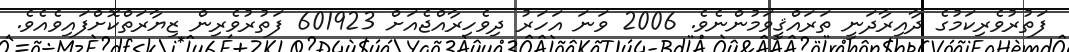
ފަތުރުވެރިކަމުގެ ދާއިރާދަނީ ތަރައްޤީވަމުންނެވެ. 2006 ވަނަ އަހަރު ދިވެހިރާއްޖެއަށް 601923 ފަތުރުވެރިން ޒިޔާރަތްކޮށްފައިވެއެވެ.